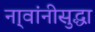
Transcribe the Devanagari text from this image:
ना्वांनीसुद्धा